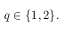
q \in \{ 1 , 2 \} .